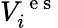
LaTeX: V_{i}^{\mathrm{~e~s~}}